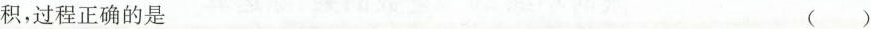
积，过程正确的是 ()